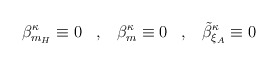
\begin{align*} \beta^{\kappa}_{m_H} \equiv 0 \; \; \; , \; \; \; \beta^{\kappa}_m \equiv 0 \; \; \; , \; \; \; \tilde{\beta}^{\kappa}_{\xi_A} \equiv 0\end{align*}